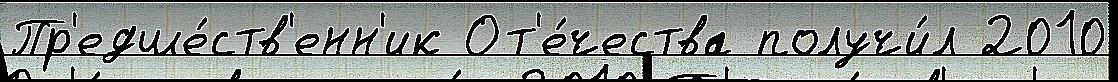
Пр'едше́ств'енн'ик От'е́чества получи́л 2010